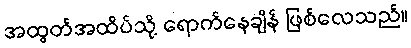
အထွတ်အထိပ်သို့ ရောက်နေချိန် ဖြစ်လေသည်။